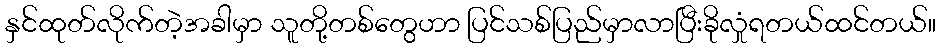
နှင်ထုတ်လိုက်တဲ့အခါမှာ သူတို့တစ်တွေဟာ ပြင်သစ်ပြည်မှာလာပြီးခိုလှုံရတယ်ထင်တယ်။